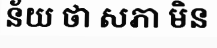
ន័យ ថា សភា មិន